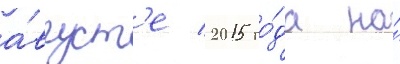
а́вгуст'е 2015 го́да на́